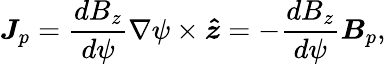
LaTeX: \boldsymbol{J}_{p}=\frac{dB_{z}}{d\psi}\nabla\psi\times\boldsymbol{\hat{z}}=-\frac{dB_{z}}{d\psi}\boldsymbol{B}_{p},